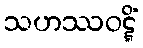
သဟဿဝဋ္ဋိံ